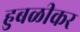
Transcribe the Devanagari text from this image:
हुबळीकर